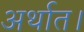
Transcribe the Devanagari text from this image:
अर्थात।